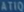
7410